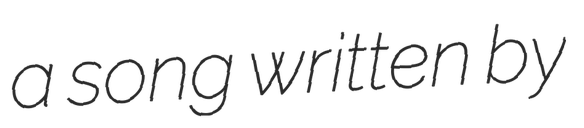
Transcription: a song written by